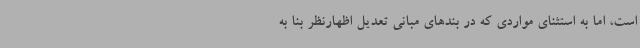
است، اما به استثنای مواردی که در بندهای مبانی تعدیل اظهارنظر بنا به